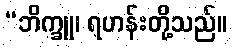
“ဘိက္ခူ၊ ရဟန်းတို့သည်။